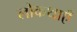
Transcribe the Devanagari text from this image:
लोकथाएँ